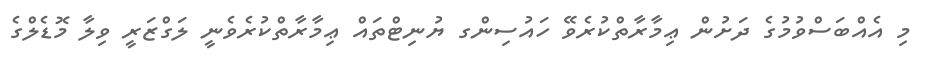
މި އެއްބަސްވުމުގެ ދަށުން ޢިމާރާތްކުރެވޭ ހައުސިންގ ޔުނިޓްތައް ޢިމާރާތްކުރެވެނީ ލަގްޒަރީ ވިލާ މޮޑެލްގެ